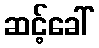
ဆင့်ခေါ်